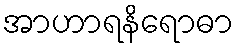
အာဟာရနိရောဓာ